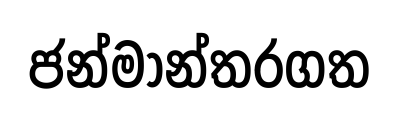
ජන්මාන්තරගත